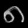
Digit: ၈